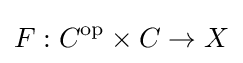
F:C^{\text{op}}\times C\to X